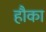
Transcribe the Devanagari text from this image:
हौका